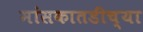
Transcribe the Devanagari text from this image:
मांसकातडीच्या